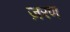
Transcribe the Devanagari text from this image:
ज़रण